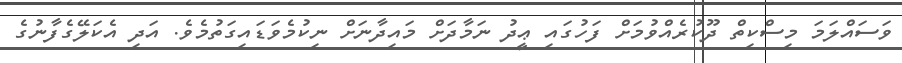
ވަސައްލަމަ މިސްކިތް ދޫކުރެއްވުމަށް ފަހުގައި ޢީދު ނަމާދަށް މައިދާނަށް ނިކުމެވަޑައިގަތުމެވެ. އަދި އެކަލޭގެފާނުގެ